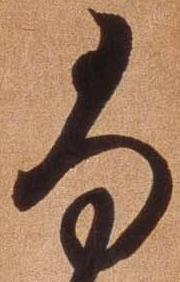
尚